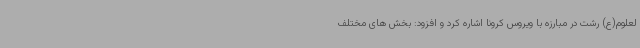
لعلوم(ع) رشت در مبارزه با ویروس کرونا اشاره کرد و افزود: بخش های مختلف